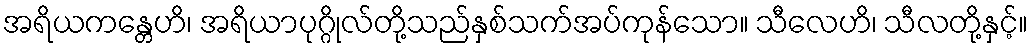
အရိယကန္တေဟိ၊ အရိယာပုဂ္ဂိုလ်တို့သည်နှစ်သက်အပ်ကုန်သော။ သီလေဟိ၊ သီလတို့နှင့်။